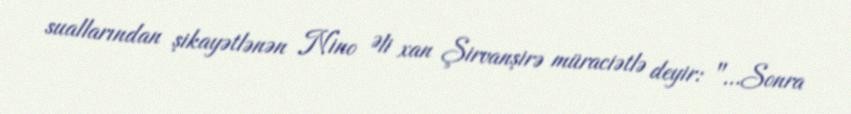
suallarından şikayətlənən Nino Əli xan Şirvanşirə müraciətlə deyir: "…Sonra